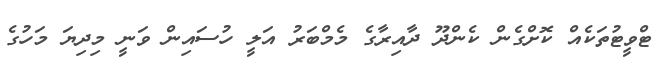
ޓްވީޓުތަކެއް ކޮށްގެން ކެންދޫ ދާއިރާގެ މެމްބަރު އަލީ ހުސައިން ވަނީ މިިދިޔަ މަހުގެ